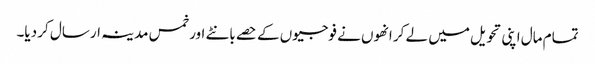
تمام مال اپنی تحویل میں لے کر انھوں نے فوجیوں کے حصے بانٹے اور خمس مدینہ ارسال کر دیا۔